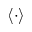
\langle \cdot \rangle